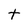
Character: t